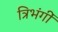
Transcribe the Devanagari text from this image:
त्रिभंगीं